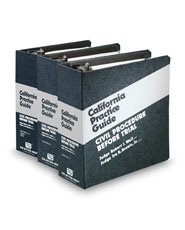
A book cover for Civil Procedure Before Trial (The Rutter Group California Practice Guide), 2008-2011; Robert Weil; Law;